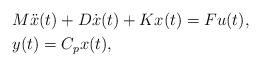
LaTeX: \begin{align*}& M \ddot{x}(t)+D\dot{x}(t)+Kx(t)=Fu(t), \\& y(t)=C_px(t),\end{align*}